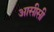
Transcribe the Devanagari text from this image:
आसीसी